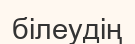
білеудің